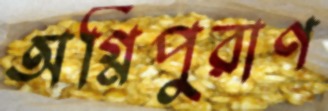
অগ্নিপুরাণ